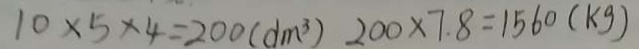
1 0 \times 5 \times 4 = 2 0 0 ( d m ^ { 3 } ) 2 0 0 \times 7 . 8 = 1 5 6 0 ( k g )